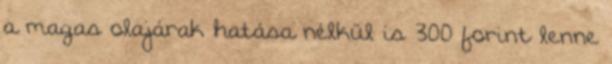
a magas olajárak hatása nélkül is 300 forint lenne